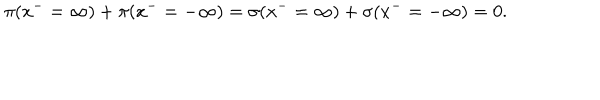
LaTeX: \pi ( x ^ { - } = \infty ) + \pi ( x ^ { - } = - \infty ) = \sigma ( x ^ { - } = \infty ) + \sigma ( x ^ { - } = - \infty ) = 0 .